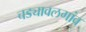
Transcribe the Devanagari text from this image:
चड्यावलगांव